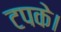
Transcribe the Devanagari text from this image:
टपके।